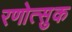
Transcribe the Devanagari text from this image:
रणोत्सुक